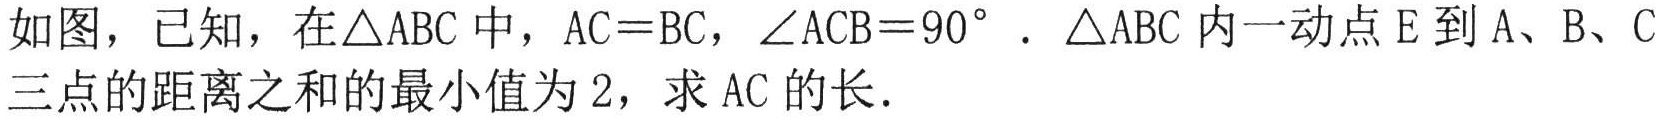
如图，已知，在$\triangle ABC$中，$AC = BC$，$\angle ACB = 90^{\circ}$．$\triangle ABC$内一动点$E$到$A$、B、C三点的距离之和的最小值为$2$，求$AC$的长．